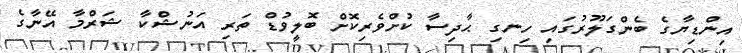
އިންޑިޔާގެ ބެންގަލޫރުގައި ހިނގި ޙާދިސާ ކުށްވެރިކޮށް ބޮލީވުޑް ތަރި އަނުޝްކާ ޝަރްމާ އޭނާގެ